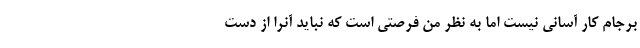
برجام کار آسانی نیست اما به نظر من فرصتی است که نباید آنرا از دست